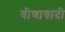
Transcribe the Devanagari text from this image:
वीणावादी